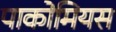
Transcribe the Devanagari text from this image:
पाकोमियस